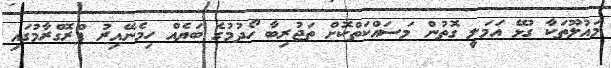
މައުލޫތަކާ ގުޅޭ އަމަލީ ގޮތުން މަސައްކަތްކޮށް ތަޖުރިބާ ހޯދުމުގެ ބަޔެއް ހިމެނޭއިރު ޕްރޮގްރާމުގައި